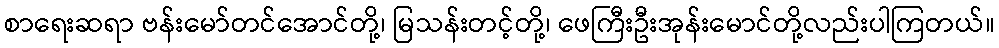
စာရေးဆရာ ဗန်းမော်တင်အောင်တို့၊ မြသန်းတင့်တို့၊ ဖေကြီးဦးအုန်းမောင်တို့လည်းပါကြတယ်။